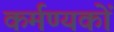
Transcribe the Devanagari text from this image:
कर्मण्यकों